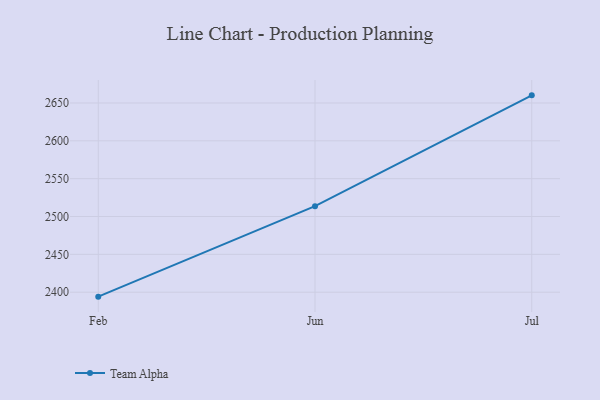
{"axis": {"x": "Month", "y": "Active Users"}, "legend": ["Team Alpha"], "data": [{"x": "Feb", "y": 2394.1, "type": "Team Alpha"}, {"x": "Jun", "y": 2513.7, "type": "Team Alpha"}, {"x": "Jul", "y": 2660.1, "type": "Team Alpha"}]}